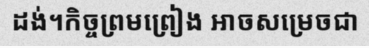
ដង់។កិច្ចព្រមព្រៀង អាចសម្រេចជា